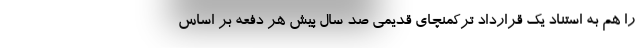
را هم به استناد یک قرارداد ترکمنچای قدیمی صد سال پیش هر دفعه بر اساس